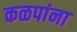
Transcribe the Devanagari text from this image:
कळपांना